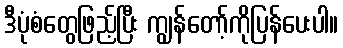
ဒီပုံစံတွေဖြည့်ပြီး ကျွန်တော့်ကိုပြန်ပေးပါ။